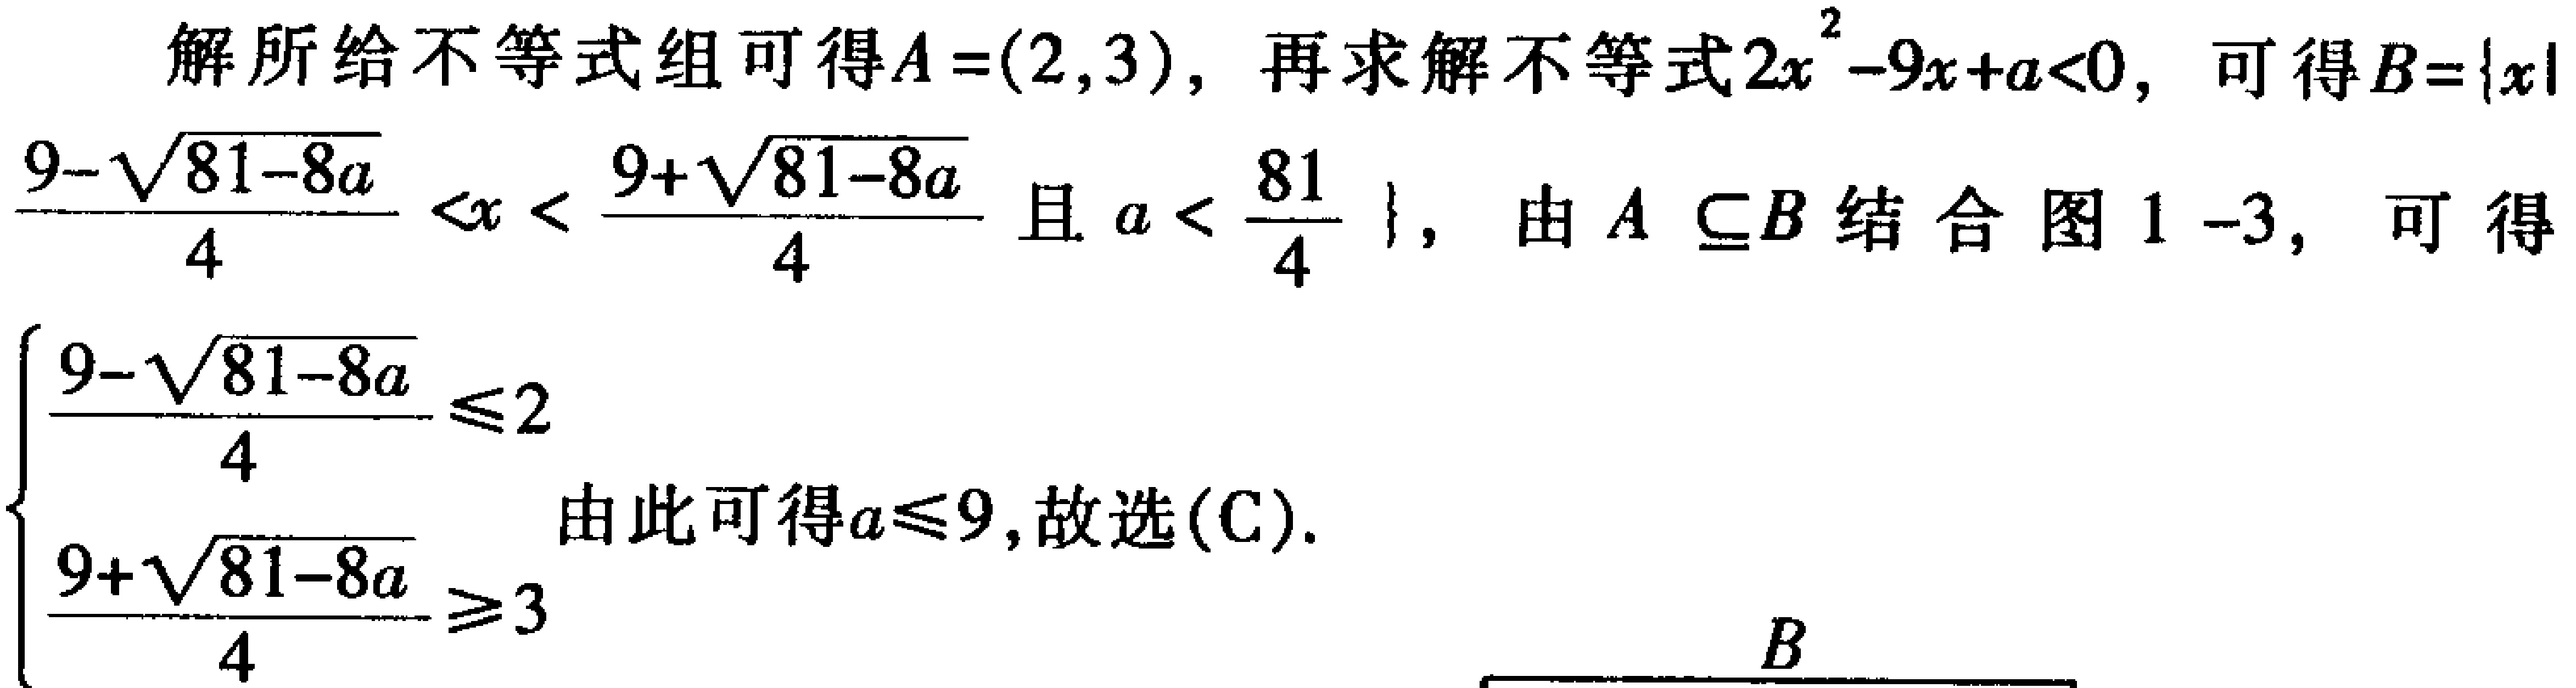
解所给不等式组可得\(A=(2,3)\)，再求解不等式\(2x^{2}-9x + a<0\)，可得\(B = \{x|\frac{9 - \sqrt{81 - 8a}}{4}<x<\frac{9 + \sqrt{81 - 8a}}{4}且a<\frac{81}{4}\}\)，由\(A\subseteq B\)结合图1 - 3，可得\(\begin{cases}\frac{9 - \sqrt{81 - 8a}}{4}\leq2\\\frac{9 + \sqrt{81 - 8a}}{4}\geq3\end{cases}\)由此可得\(a\leq9\)，故选\((C)\)。